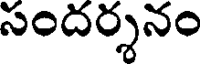
సందర్శనం